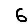
Digit: 6